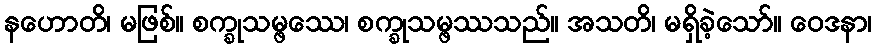
နဟောတိ၊ မဖြစ်။ စက္ခုသမ္ဖဿေ၊ စက္ခုသမ္ဖဿသည်။ အသတိ၊ မရှိခဲ့သော်။ ဝေဒနာ၊